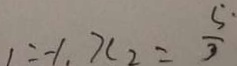
1 = - 1 , x _ { 2 } = \frac { 5 \cdot } { 3 }